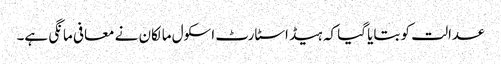
عدالت کو بتایا گیا کہ ہیڈ اسٹارٹ اسکول مالکان نے معافی مانگی ہے۔